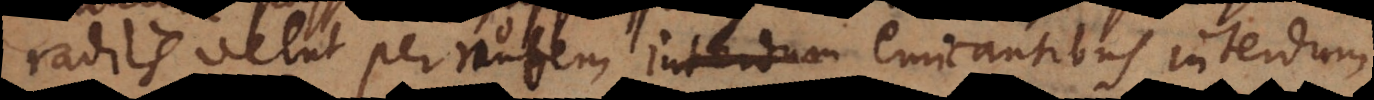
radiis velut per nubem emicantibus interdum